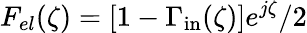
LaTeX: F_{el}(\zeta)=[1-\Gamma_{\mathrm{in}}(\zeta)]e^{j\zeta}/2